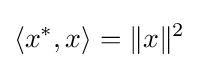
\langle x^{*},x\rangle =\|x\|^{2}